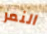
النمر